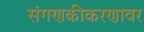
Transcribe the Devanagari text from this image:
संगणकीकरणावर